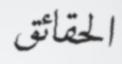
الحقائق